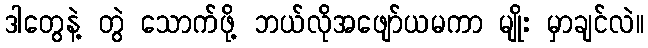
ဒါတွေနဲ့ တွဲ သောက်ဖို့ ဘယ်လိုအဖျော်ယမကာ မျိုး မှာချင်လဲ။